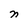
Character: n